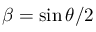
\beta = \sin { \theta / 2 }